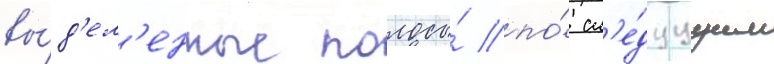
вы́д'ел'енные полосы́ по́ сл'е́дуущим